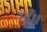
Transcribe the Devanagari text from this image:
रहूँ।।